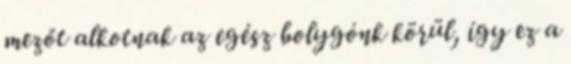
mezőt alkotnak az egész bolygónk körül, így ez a